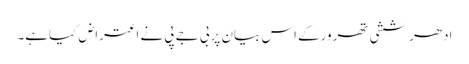
ادھرششی تھرورکے اس بیان پربی جے پی نے اعتراض کیاہے۔